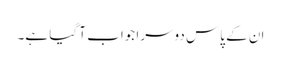
ان کے پاس دوسرا جواب آ گیا ہے۔